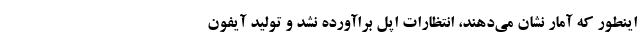
اینطور که آمار نشان می‌دهند، انتظارات اپل براآورده نشد و تولید آیفون